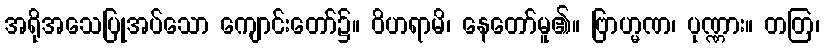
အရိုအသေပြုအပ်သော ကျောင်းတော်၌။ ဝိဟရာမိ၊ နေတော်မူ၏။ ဗြာဟ္မဏ၊ ပုဏ္ဏား။ တတြ၊